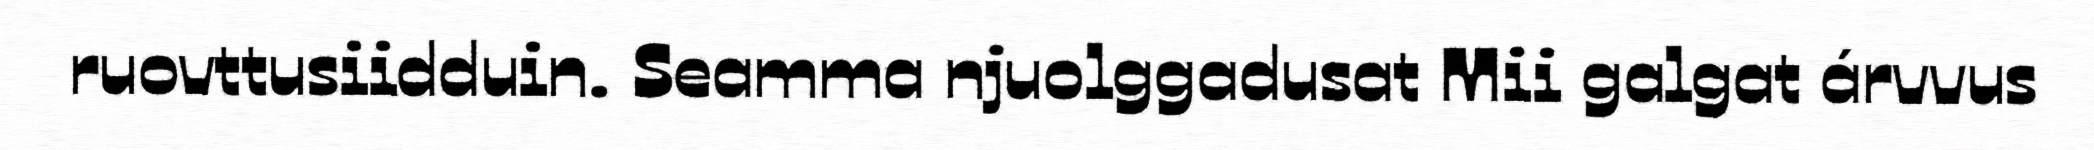
ruovttusiidduin. Seamma njuolggadusat Mii galgat árvvus